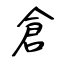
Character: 倉